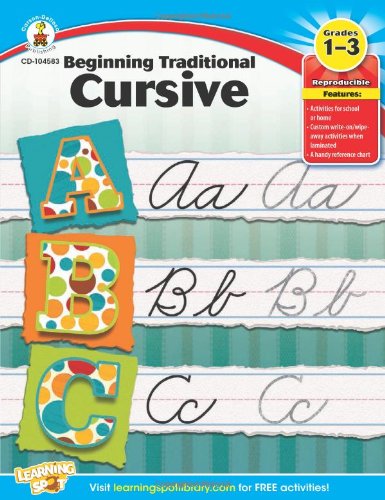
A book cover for Beginning Traditional Cursive, Grades 1 - 3 (Learning Spot); Children's Books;